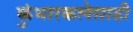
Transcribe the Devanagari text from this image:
कुंभारकलेसाठी